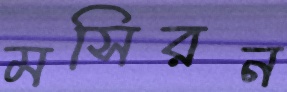
মসিরন